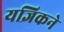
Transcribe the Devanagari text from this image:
यज्ञिकने